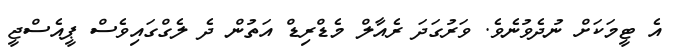
އެ ޓީމަކަށް ނުދެވުނެވެ. ވަރުގަދަ ރެއާލް މެޑްރިޑް އަތުން ދެ ލެގްގައިވެސް ޕީއެސްޖީ